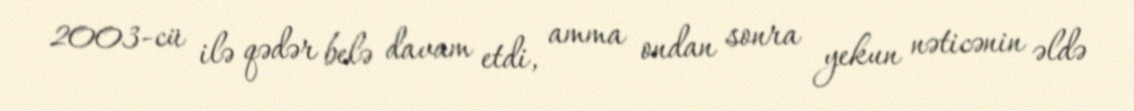
2003-cü ilə qədər belə davam etdi, amma ondan sonra yekun nəticənin əldə